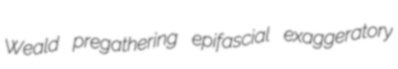
Weald pregathering epifascial exaggeratory